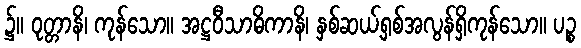
၌။ ဝုတ္တာနိ၊ ကုန်သော။ အဋ္ဌဝီသာဓိကာနိ၊ နှစ်ဆယ့်ရှစ်အလွန်ရှိကုန်သော။ ပဉ္စ